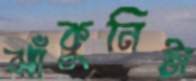
ঝাঁকুনিটা